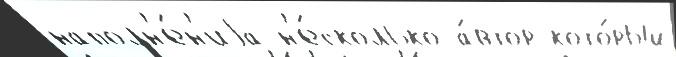
наполн'е́н'иjа н'е́сколько а́втор кото́рый